Report on horse surra - Volume I
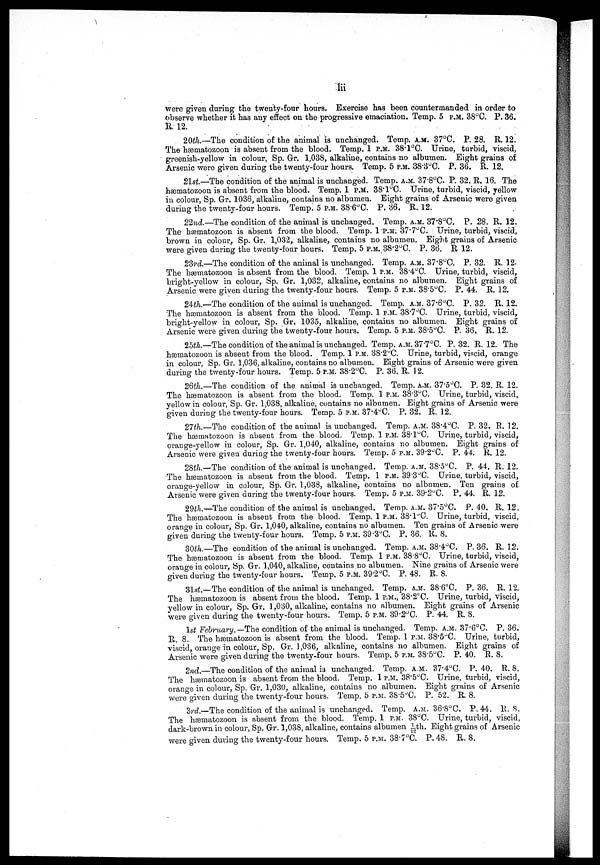
lii
were given during the twenty-four hours. Exercise has been countermanded in order to
observe whether it has any effect on the progressive emaciation. Temp. 5 P.M. 38°C. P. 36.
R. 12.
20th.—The condition of the animal is unchanged. Temp. A.M. 37°C. P. 28. R. 12.
The hæmatozoon is absent from the blood. Temp. 1 P.M. 38.1°C. Urine, turbid, viscid,
greenish-yellow in colour, Sp. Gr. 1,038, alkaline, contains no albumen. Bight grains of
Arsenic were given during the twenty-four hours. Temp. 5 P.M. 38.3°C. P. 36. R. 12,
21st—The condition of the animal is unchanged. Temp. A.M. 37.8°C. P. 32. R. 16. The
hæmatozoon is absent from the blood. Temp. 1 P.M. 38.1°C. Urine, turbid, viscid, yellow
in colour, Sp. Gr. 1036, alkaline, contains no albumen. Bight grains of Arsenic were given
during the twenty-four hours. Temp. 5 P.M. 38.6°C. P. 36. R. 12.
22nd.—The condition of the animal is unchanged. Temp. A.M. 37.8°C. P. 28. R. 12.
The hæmatozoon is absent from the blood. Temp. 1P.M.; 37.7°C. Urine, turbid, viscid,
brown in colour, Sp. Gr. 1,032, alkaline, contains no albumen. Eight grains of Arsenic
were given during the twenty-four hours. Temp. 5 P.M. 38.2°C. P. 36. R 12.
23rd—The condition of the animal is unchanged. Temp. A.M. 37.C. P. 32. R. 12.
The hæmatozoon is absent from the blood. Temp. 1 P.M. 38.4°C. Urine, turbid, viscid,
bright-yellow in colour, Sp. Gr. 1,032, alkaline, contains no albumen. Eight grains of
Arsenic were given during the twenty-four hours. Temp. 5 P.M. 38.5°C. P. 44. R. 12.
24th.—The condition of the animal is unchanged. Temp. A.M. 37.6°C. P. 32. R. 12.
The hæmatozoon is absent from the blood. Temp. 1 P.M. 38.7°C. Urine, turbid, viscid,
bright-yellow in colour, Sp. Gr. 1035, alkaline, contains no albumen. Eight grains of
Arsenic were given during the twenty-four hours. Temp. 5 P.M. 38.5°C. P. 36. R. 12.
25th.—The condition of the animal is unchanged. Temp. A.M. 37.7°C. P. 32. R. 12. The
hæmatozoon is absent from the blood. Temp. 1 P.M. 38.2°C. Urine, turbid, viscid, orange
in colour, Sp. Gr. 1,036, alkaline, contains no albumen. Bight grains of Arsenic were given
during the twenty-four hours. Temp. 5 P.M. 38.2°C. P. 36. R. 12.
26th.—The condition of the animal is unchanged. Temp. A.M. 37.5°C. P. 32. R. 12.
The hæmatozoon is absent from the blood. Temp. 1 P.M. 38.3°C. Urine, turbid, viscid,
yellow in colour, Sp. Gr. 1,038, alkaline, contains no albumen. Eight grains of Arsenic were
given during the twenty-four hours. Temp. 5 P.M. 37.4°C. P. 32. R. 12.
27th.—The condition of the animal is unchanged. Temp. A.M. 38.4°C. P. 32. R. 12.
The hæmatozoon is absent from the blood. Temp. 1 P.M. 38.l°C. Urine, turbid, viscid,
orange-yellow in colour, Sp. Gr. 1,040, alkaline, contains no albumen. Eight grains of
Arsenic were given during the twenty-four hours. Temp. 5 P.M. 39.2°C. P. 44. R. 12.
28th.—The condition of the animal is unchanged. Temp. A.M. 38.5°C. P. 44. R. 12.
The hærnatozoon is absent from the blood. Temp. 1 P.M. 39.3°C. Urine, turbid, viscid,
orange-yellow in colour, Sp. Gr. 1,038, alkaline, contains no albumen. Ten grains of
Arsenic were given during the twenty-four hours. Temp. 5 P.M. 39.2°C. P. 44. R. 12.
29th.—The condition of the animal is unchanged. Temp. A.M. 37.5°C. P. 40. R. 12.
The hæmatozoon is absent from the blood. Temp. 1 P.M. 38.1°C. Urine, turbid, viscid,
orange in colour, Sp. Gr. 1,040, alkaline, contains no albumen. Ten grains of Arsenic were
given during the twenty-four hours. Temp. 5 P.M. 39.3°C. P. 36. R. 8.
30th.—The condition of the animal is unchanged. Temp. A.M. 38.4°C. P. 36. R. 12.
The hæmatozoon is absent from the blood. Temp. 1 P.M. 38.8°C. Urine, turbid, viscid,
orange in colour, Sp. Gr. 1,040, alkaline, contains no albumen. Nine grains of Arsenic were
given during the twenty-four hours. Temp. 5 P.M. 39.2°C. P. 48. R. 8.
31.st.—The condition of the animal is unchanged. Temp. A.M. 38.6°C. P. 36. R. 12.
The hæmatozoon is absent from the blood. Temp. 1 P.M., 38.2°C. Urine, turbid, viscid,
yellow in colour, Sp. Gr. 1,030, alkaline, contains no albumen. Eight grains of Arsenic
were given during the twenty-four hours. Temp. 5 P.M. 39.2°C. P. 44. R. 8.
1st February.—The condition of the animal is unchanged. Temp. A.M. 37.6 O C. P. 36.
R. 8. The hæmatozoon is absent from the blood. Temp. 1 P.M. 38.5°C. Urine, turbid,
viscid, orange in colour, Sp. Gr. 1,036, alkaline, contains no albumen. Eight grains of
Arsenic were given during the twenty-four hours. Temp, 5 P.M. 38.5°C. P. 40. R. 8.
2nd.—The condition of the animal is unchanged. Temp. A.M. 37.4°C. P. 40. R. 8.
The hæmatozoon is absent from the blood. Temp. 1 P.M. 38.5°C. Urine, turbid, viscid,
orange in colour, Sp. Gr. 1,030, alkaline, contains no albumen. Eight grains of Arsenic
were given during the twenty-four hours. Temp. 5 P.M. 38.5°C. P. 52. R. 8.
3rd.—The condition of the animal is unchanged. Temp. A.M. 36.8°C. P. 44. R. 8.
The hæmatozoon is absent from the blood. Temp. 1 P.M. 38°C. Urine, turbid, viscid,
dark-brown in colour, Sp. Gr. 1,03S, alkaline, contains albumen 1th. Eight grains of Arsenic
were given during the twenty-four hours. Temp. 5 P.M. 38.7°C. P. 48. R. 8.